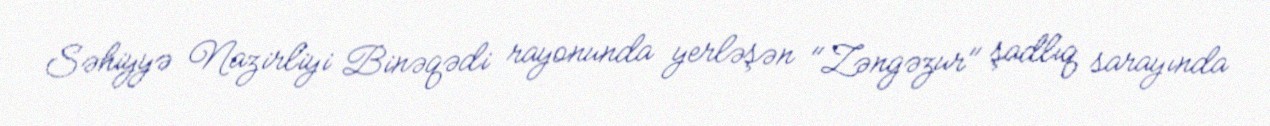
Səhiyyə Nazirliyi Binəqədi rayonunda yerləşən "Zəngəzur" şadlıq sarayında